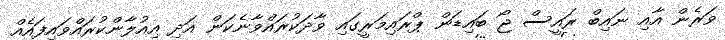
ވަރެން އާއި ނައިބް ރައީސް ޖޯ ބައިޑަން ޕްރައިމަރީގައި ވާދަކުރައްވާނެކަން އަދި އިއުލާންކުރައްވައިފައެއް